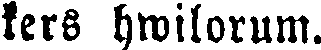
kers hwilorum.